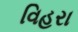
વિહરા